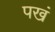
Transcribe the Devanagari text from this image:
पखं